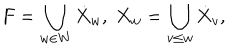
LaTeX: F = \bigcup _ { w \in W } \dot { X } _ { w } , \; X _ { w } = \bigcup _ { v \leq w } \dot { X } _ { v } ,